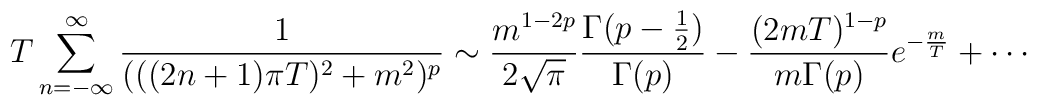
T\sum_{n=-\infty}^\infty \frac{1}{(((2n+1)\pi T)^{2}+m^{2})^{p}} \sim \frac{m^{1-2p}}{2\sqrt{\pi}} \frac{\Gamma (p-\frac{1}{2})}{\Gamma(p)}-\frac{(2mT)^{1-p}}{m\Gamma (p)} e^{-\frac{m}{T}}+ \cdots